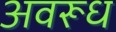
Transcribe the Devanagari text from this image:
अवरूध